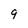
Character: 9